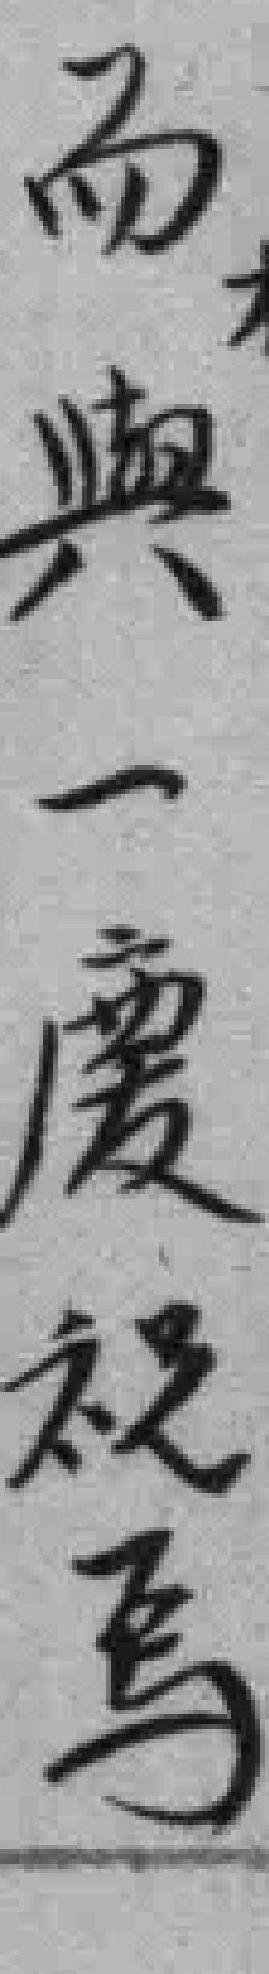
而與一慶祝焉